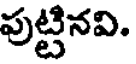
పుట్టినవి.